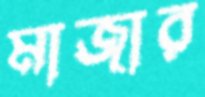
মাজার